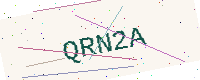
Text: QRN2A